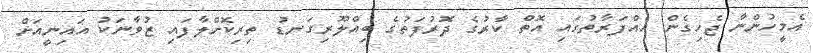
އެމީހުންނާ ޖެހިގެން އެއްފަރާތުގައި އޮތް ކާރުގެ ދޮރުފަތުގެ ބިއްލޫރިގަނޑު ތިރިކޮށްލާފައި ޒުވާނަކު އައިނީއަށް